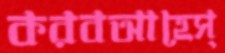
করবআহেস্